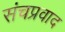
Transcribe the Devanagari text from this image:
संचप्रवाद